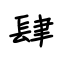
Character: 肆